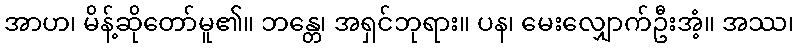
အာဟ၊ မိန့်ဆိုတော်မူ၏။ ဘန္တေ၊ အရှင်ဘုရား။ ပန၊ မေးလျှောက်ဦးအံ့။ အဿ၊